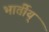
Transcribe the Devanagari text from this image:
भार्तीय्